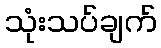
သုံးသပ်ချက်